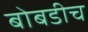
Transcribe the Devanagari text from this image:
बोबडीच